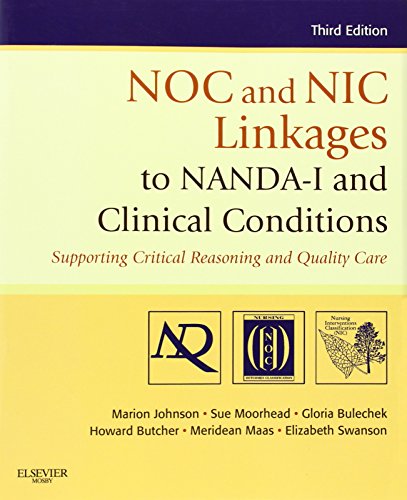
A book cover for NOC and NIC Linkages to NANDA-I and Clinical Conditions: Supporting Critical Reasoning and Quality Care, 3e (NANDA, NOC, and NIC Linkages); Marion Johnson PhD  RN; Medical Books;